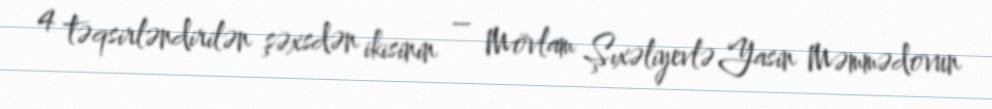
4 təqsirləndirilən şəxsdən ikisinin – Mövlam Şıxəliyevlə Yasin Məmmədovun